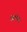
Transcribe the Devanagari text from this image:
आथोस